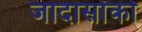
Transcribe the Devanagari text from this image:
जादासांको